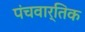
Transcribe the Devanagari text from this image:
पंचवार्तिक